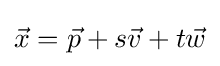
{\vec {x}}={\vec {p}}+s{\vec {v}}+t{\vec {w}}